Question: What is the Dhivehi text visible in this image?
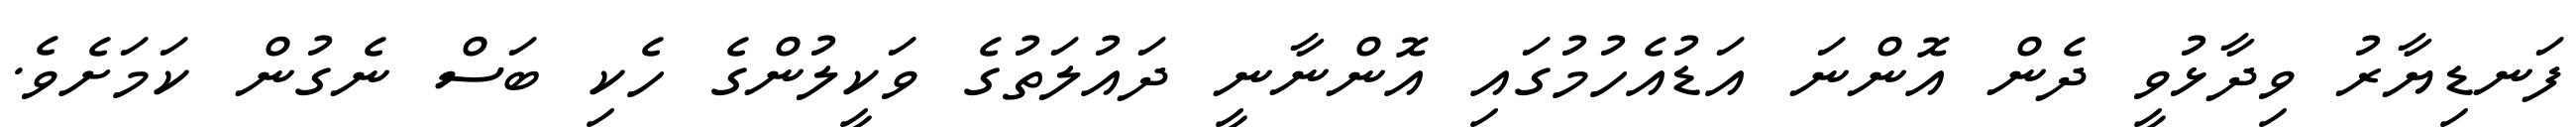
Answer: ފަނޑިޔާރު ވިދާޅުވީ ދެން އޮންނަ އަޑުއެހުމުގައި އޮންނާނީ ދައުލަތުގެ ވަކީލުންގެ ހެކި ބަސް ނެގުން ކަމަށެވެ.